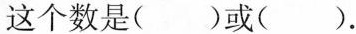
这个数是( )或( ).